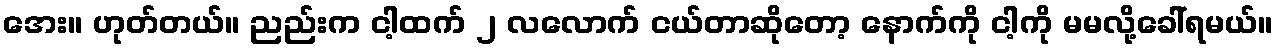
အေး။ ဟုတ်တယ်။ ညည်းက ငါ့ထက် ၂ လလောက် ငယ်တာဆိုတော့ နောက်ကို ငါ့ကို မမလို့ခေါ်ရမယ်။